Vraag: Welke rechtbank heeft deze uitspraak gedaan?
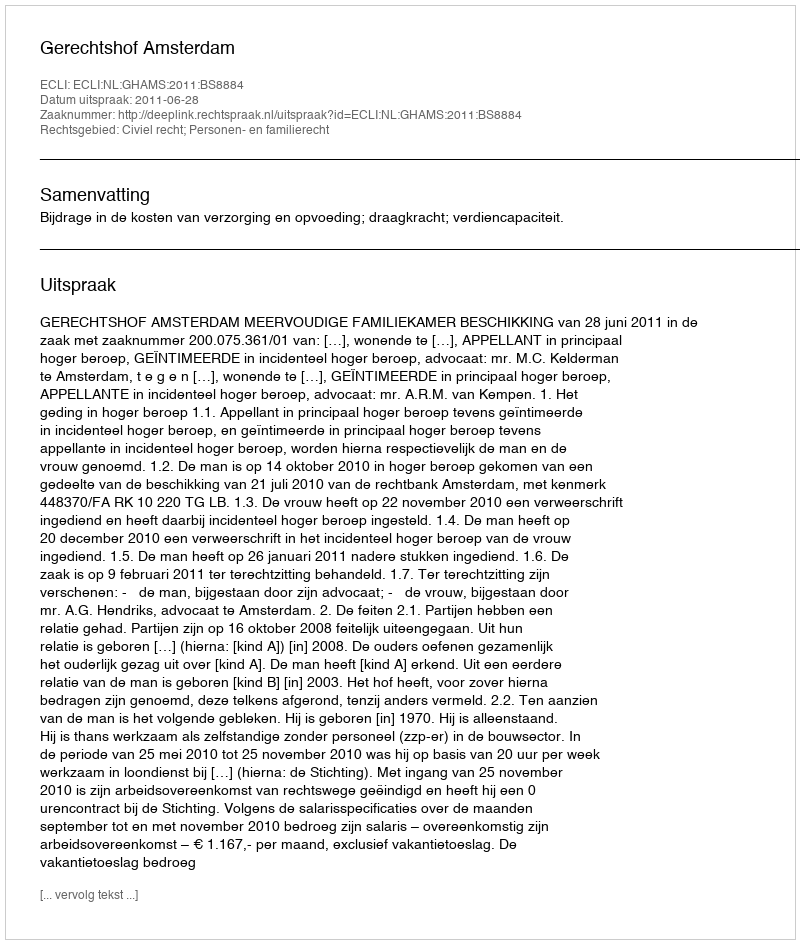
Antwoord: Gerechtshof Amsterdam